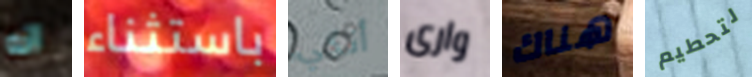
انه باستثناء أنكي وارى هناك لتحطيم